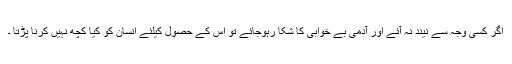
اگر کسی وجہ سے نیند نہ آئے اور آدمی بے خوابی کا شکا رہوجائے تو اس کے حصول کیلئے انسان کو کیا کچھ نہیں کرنا پڑتا ۔